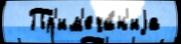
  Пр'им'еча́н'иjа